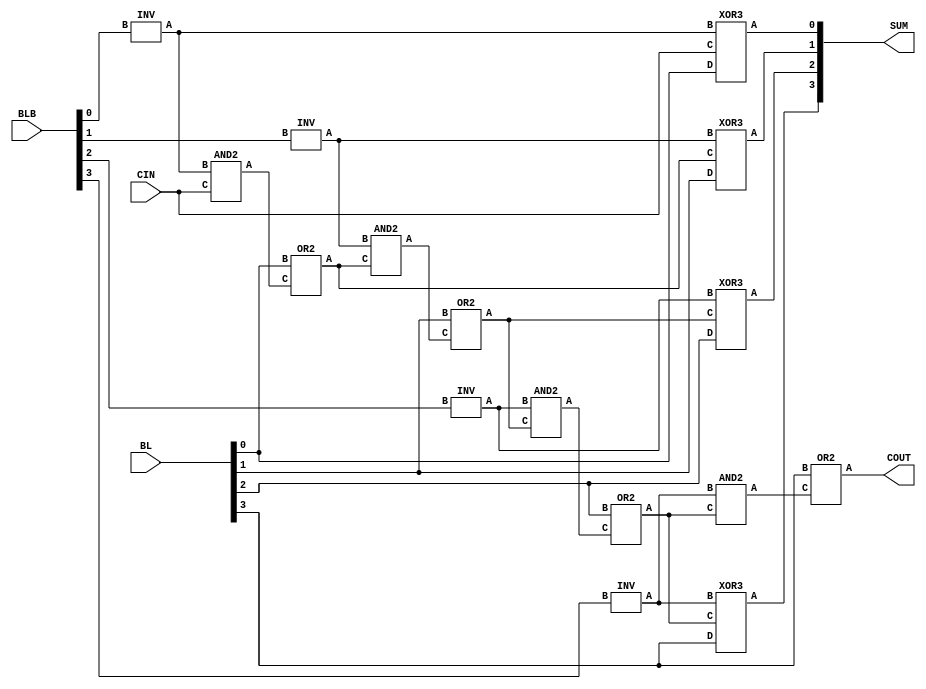

module CLA2 (
	input [3:0] BL,
	input [3:0] BLB, 
	input CIN, 
	output [3:0] SUM,
	output COUT);

	wire or1_out, or2_out, or3_out, or4_out, inv1_out, inv2_out, inv3_out, inv4_out, and1_out, and2_out, and3_out, and4_out, cout0, cout1; 

	
  	INV inv_0 (inv1_out, BLB[0]);
        XOR3 xor3_0 (SUM[0], inv1_out, CIN, BL[0]);
	AND2 and2_0 (and1_out, inv1_out, CIN);
	OR2 or2_00 (cout0, BL[0], and1_out); 


  	INV inv_1 (inv2_out, BLB[1]);
        XOR3 xor3_1 (SUM[1], inv2_out, cout0, BL[1]);
	AND2 and2_1 (and2_out, inv2_out, cout0);
  	OR2 or2_11 (cout1, BL[1], and2_out); 

		
  	INV inv_2 (inv3_out, BLB[2]);
        XOR3 xor3_2 (SUM[2], inv3_out, cout1, BL[2]);
	AND2 and2_2 (and3_out, inv3_out, cout1);
	OR2 or2_22 (cout2, BL[2], and3_out); 


  	INV inv_3 (inv4_out, BLB[3]);
        XOR3 xor3_3 (SUM[3], inv4_out, cout2, BL[3]);
	AND2 and2_3 (and4_out, inv4_out, cout2);
        OR2 or2_33 (COUT, BL[3], and4_out); 

endmodule 

module AND2(output A, input B, input C); 
    assign A = B & C;
endmodule

module INV(output A, input B);
    assign A = !B;
endmodule

module OR2(output A, input B, input C);
    assign A = B | C;
endmodule

module XOR2(output A, input B, input C);
    assign A = B ^ C;
endmodule

module XOR3(output A, input B, input C, input D);
    assign A = B ^ C ^ D;
endmodule

/*`include "./cla.v"

module CLA_WRAPPER (

	input [3:0] A,
	input [3:0] B,
	input CIN,
	output [3:0] SUM,
	output  COUT
	
);
wire [3:0] BL;
wire [3:0] BLB;


assign BL = A & B;
assign BLB = ~(A | B);

CLA cla0 ( .CIN(CIN), .BL(BL), .BLB(BLB), .SUM(SUM), .COUT(COUT));

endmodule*/